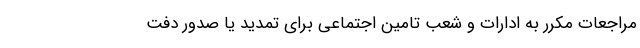
مراجعات مکرر به ادارات و شعب تامین اجتماعی برای تمدید یا صدور دفت